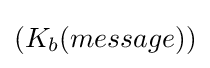
(K_{b}(message))